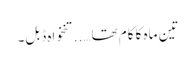
تین ماہ کا کام تھا…..تنخواہ ڈبل۔